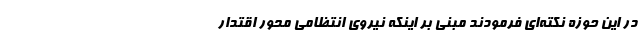
در این حوزه نکته‌ای فرمودند مبنی بر اینکه نیروی انتظامی محور اقتدار